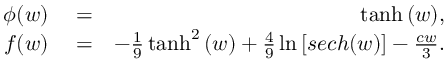
\begin{array} { r l r } { \phi ( w ) } & { { } = } & { \operatorname { t a n h } { \left( w \right) } , } \\ { f ( w ) } & { { } = } & { - \frac { 1 } { 9 } \operatorname { t a n h } ^ { 2 } { \left( w \right) } + \frac { 4 } { 9 } \ln \left[ s e c h ( w ) \right] - \frac { c w } { 3 } . } \end{array}